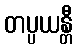
တပ္ပယန္တီ